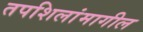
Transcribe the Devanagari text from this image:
तपशिलांमागील